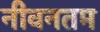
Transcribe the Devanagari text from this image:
नीवनतम